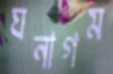
ঘনাগম